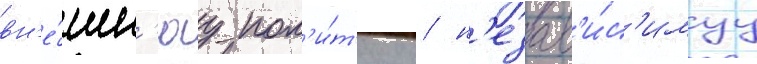
вн'е́шн'юу пол'и́т'ику / н'езав'и́с'имуу